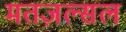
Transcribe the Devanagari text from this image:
मतज़ल्सल